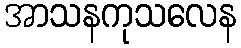
အာသနကုသလေန